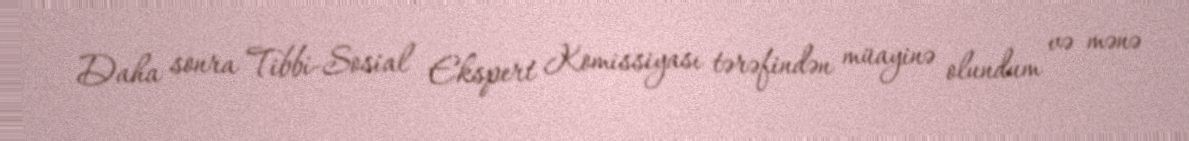
Daha sonra Tibbi-Sosial Ekspert Komissiyası tərəfindən müayinə olundum və mənə